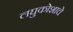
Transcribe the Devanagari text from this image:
लघुकोशाचे